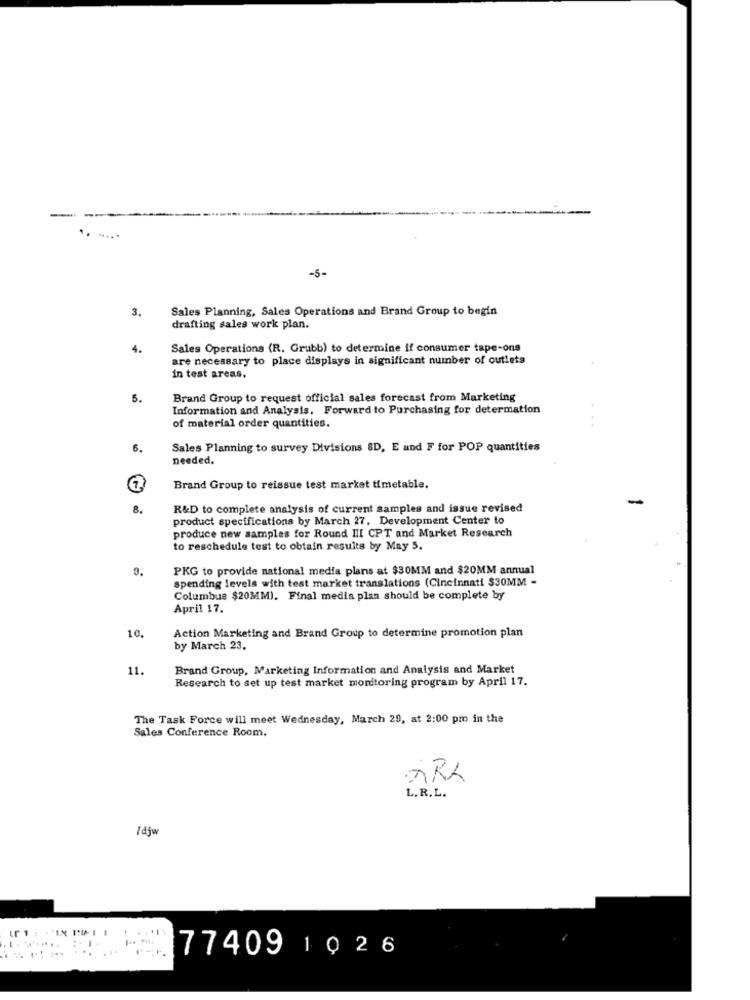
-5-
Sales Planning, Sales Operations and Brand Group to begin
3.
drafting sales work plan.
4.
Sales Operations (R. Grubb) to determine if consumer tape-ons
are necessary to place displays in significant number of outlets
in test areas.
5.
Brand Group to request official sales forecast from Marketing
Information and Analysis. Forward to Purchasing for determation
of material order quantities.
6.
Sales Planning to survey Divisions SD, E and F for POP quantities
needed.
Brand Group to reissue test market timetable.
8.
R&D to complete analysis of current samples and issue revised
product specifications by March 27. Development Center to
produce new samples for Round III CPT and Market Research
to reschedule test to obtain results by May 5.
9.
PKG to provide national media plans at $30MM and $20MM annual
spending levels with test market translations (Cincinnati $30MM -
Columbus $20MM). Final media plan should be complete by
April 17.
10.
Action Marketing and Brand Group to determine promotion plan
by March 23,
11.
Brand Group, Marketing Information and Analysis and Market
Research to set up test market monitoring program by April 17.
The Task Force will meet Wednesday, March 29, at 2:00 pm in the
Sales Conference Room.
L.R.L.
/djw
1 .0 ml .
77409 1026